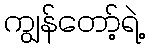
ကျွန်တော့်ရဲ့